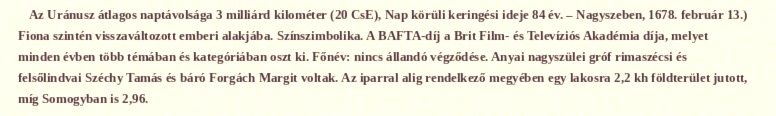
Az Uránusz átlagos naptávolsága 3 milliárd kilométer (20 CsE), Nap körüli keringési ideje 84 év. – Nagyszeben, 1678. február 13.) Fiona szintén visszaváltozott emberi alakjába. Színszimbolika. A BAFTA-díj a Brit Film- és Televíziós Akadémia díja, melyet minden évben több témában és kategóriában oszt ki. Főnév: nincs állandó végződése. Anyai nagyszülei gróf rimaszécsi és felsőlindvai Széchy Tamás és báró Forgách Margit voltak. Az iparral alig rendelkező megyében egy lakosra 2,2 kh földterület jutott, míg Somogyban is 2,96.